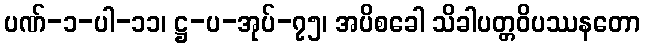
ပဏ်-၁-ပါ-၁၁၊ ဋ္ဌ-ပ-အုပ်-၇၅၊ အပိစခေါ သိခါပတ္တဝိပဿနတော